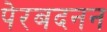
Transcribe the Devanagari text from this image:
पेरबदनन